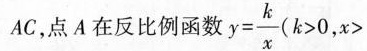
A C$$，点A在反比例函数$$y = \frac { k } { x } ( k > 0 , x >